Code of medical and sanitary regulations for the guidance of medical officers serving in the Madras Presidency - Volume I
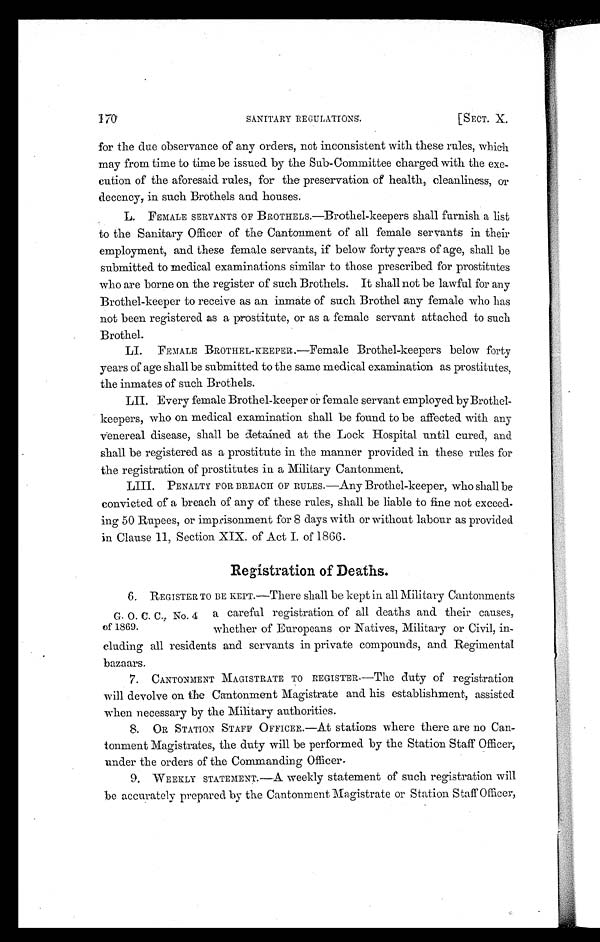
SANITARY RECULATIONS.
[SECT. X.
for the due observance of any orders, not inconsistent with these rules, which
may from time to time be issued by the Sub-Committee charged with the exe-
cution of the aforesaid rules, for the preservation of health, cleanliness, or
decency, in such Brothels and houses.
L. FEMALE SERVANTS OF BROTHELS.—Brothel-keepers shall furnish a list
to the Sanitary Officer of the Cantonment of all female servants in their
employment, and these female servants, if below forty years of age, shall be
submitted to medical examinations similar to those prescribed for prostitutes
who are borne on the register of such Brothels. It shall not be lawful for any
Brothel-keeper to receive as an inmate of such Brothel any female who has
not been registered as a prostitute, or as a female servant attached to such
Brothel.
LI. FEMALE BROTHEL-KEEPER.—Female Brothel-keepers below forty
years of age shall be submitted to the same medical examination as prostitutes,
the inmates of such Brothels.
LII. Every female Brothel-keeper or female servant employed by Brothel-
keepers, who on medical examination shall be found to be affected with any
venereal disease, shall be detained at the Lock Hospital until cured, and
shall be registered as a prostitute in the manner provided in these rules for
the registration of prostitutes in a Military Cantonment.
LIII. PENALTY FOR BREACH OF RULES.—Any Brothel-keeper, who shall be
convicted of a breach of any of these rules, shall be liable to fine not exceed-
ing 50 Rupees, or imprisonment for 8 days with or without labour as provided
in Clause 11, Section XIX. of Act I. of 1866.
Registration of Deaths .
G. O. C. C., No. 4
of 1869.
6. REGISTER TO BE KEPT.—There shall be kept in all Military Cantonments
a careful registration of all deaths and their causes,
whether of Europeans or Natives, Military or Civil, in-
c l u d i n g a l l r e s i d e n t s a n d s e r v a n t s i n p r i v a t e c o m p o u n d s , a n d R e g i m e n t a l
bazaars.
7. CANTONMENT MAGISTRATE TO REGISTER.—The duty of registration
wi l l de vol ve on t he Ca nt onme nt Ma gi s t r a t e a nd hi s e s t a bl i s hme nt , a s s i s t e d
when necessary by the Military authorities.
8. OR STATION STAFF OFFICER.—At stations where there are no Can-
tonment Magistrates, the duty will be performed by the Station Staff Officer,
under the orders of the Commanding Officer
.
9. WEEKLY STATEMENT.—A weekly statement of such registration will
be accurately prepared by the Cantonment Magistrate or Station Staff Officer,